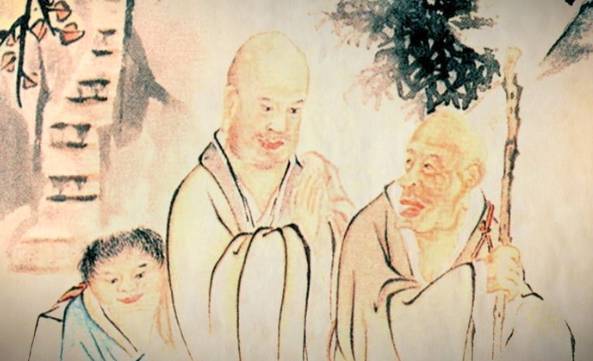
穿天透地不辞劳，到底方知出处高。